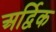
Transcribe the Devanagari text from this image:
अर्द्विक